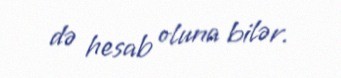
də hesab oluna bilər.